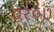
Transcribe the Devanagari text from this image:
७२०७